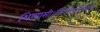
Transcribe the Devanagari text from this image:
शिष्यासी।निगमाद्यगोचराशी